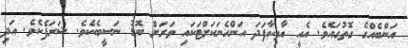
އަންބެއްގެ ގޮތުގައެވެ. އެއީ އާތިކާފަދަ އަންހެނަކަށްޓަކައި ވަރަށް ބޮޑު ނަސީބެކެވެ. ޝަރަފެކެވެ. އަދި